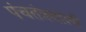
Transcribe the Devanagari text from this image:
पंचतंत्रवाली